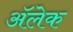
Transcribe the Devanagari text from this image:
अॅलेक